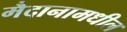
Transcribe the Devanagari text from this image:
मैदानामधील